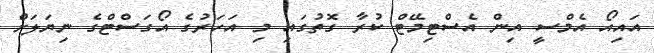
އައިއޯ އެމްސީ އިން އެސްޓިމޭޓް ކުރާ ގޮތުގައި މި އަހަރުގެ އޯގަސްޓްގެ ނިޔަލަށް